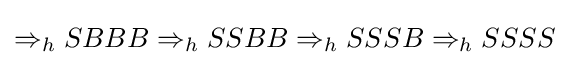
\Rightarrow _{h}SBBB\Rightarrow _{h}SSBB\Rightarrow _{h}SSSB\Rightarrow _{h}SSSS